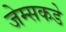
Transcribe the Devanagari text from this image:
जेम्सकडे